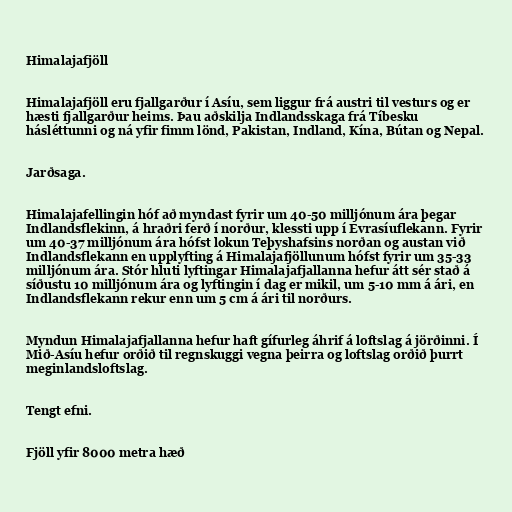
Himalajafjöll

Himalajafjöll eru fjallgarður í Asíu, sem liggur frá austri til vesturs og er
hæsti fjallgarður heims. Þau aðskilja Indlandsskaga frá Tíbesku
hásléttunni og ná yfir fimm lönd, Pakistan, Indland, Kína, Bútan og Nepal.

Jarðsaga.

Himalajafellingin hóf að myndast fyrir um 40-50 milljónum ára þegar
Indlandsflekinn, á hraðri ferð í norður, klessti upp í Evrasíuflekann. Fyrir
um 40-37 milljónum ára hófst lokun Teþyshafsins norðan og austan við
Indlandsflekann en upplyfting á Himalajafjöllunum hófst fyrir um 35-33
milljónum ára. Stór hluti lyftingar Himalajafjallanna hefur átt sér stað á
síðustu 10 milljónum ára og lyftingin í dag er mikil, um 5-10 mm á ári, en
Indlandsflekann rekur enn um 5 cm á ári til norðurs.

Myndun Himalajafjallanna hefur haft gífurleg áhrif á loftslag á jörðinni. Í
Mið-Asíu hefur orðið til regnskuggi vegna þeirra og loftslag orðið þurrt
meginlandsloftslag.

Tengt efni.

Fjöll yfir 8000 metra hæð